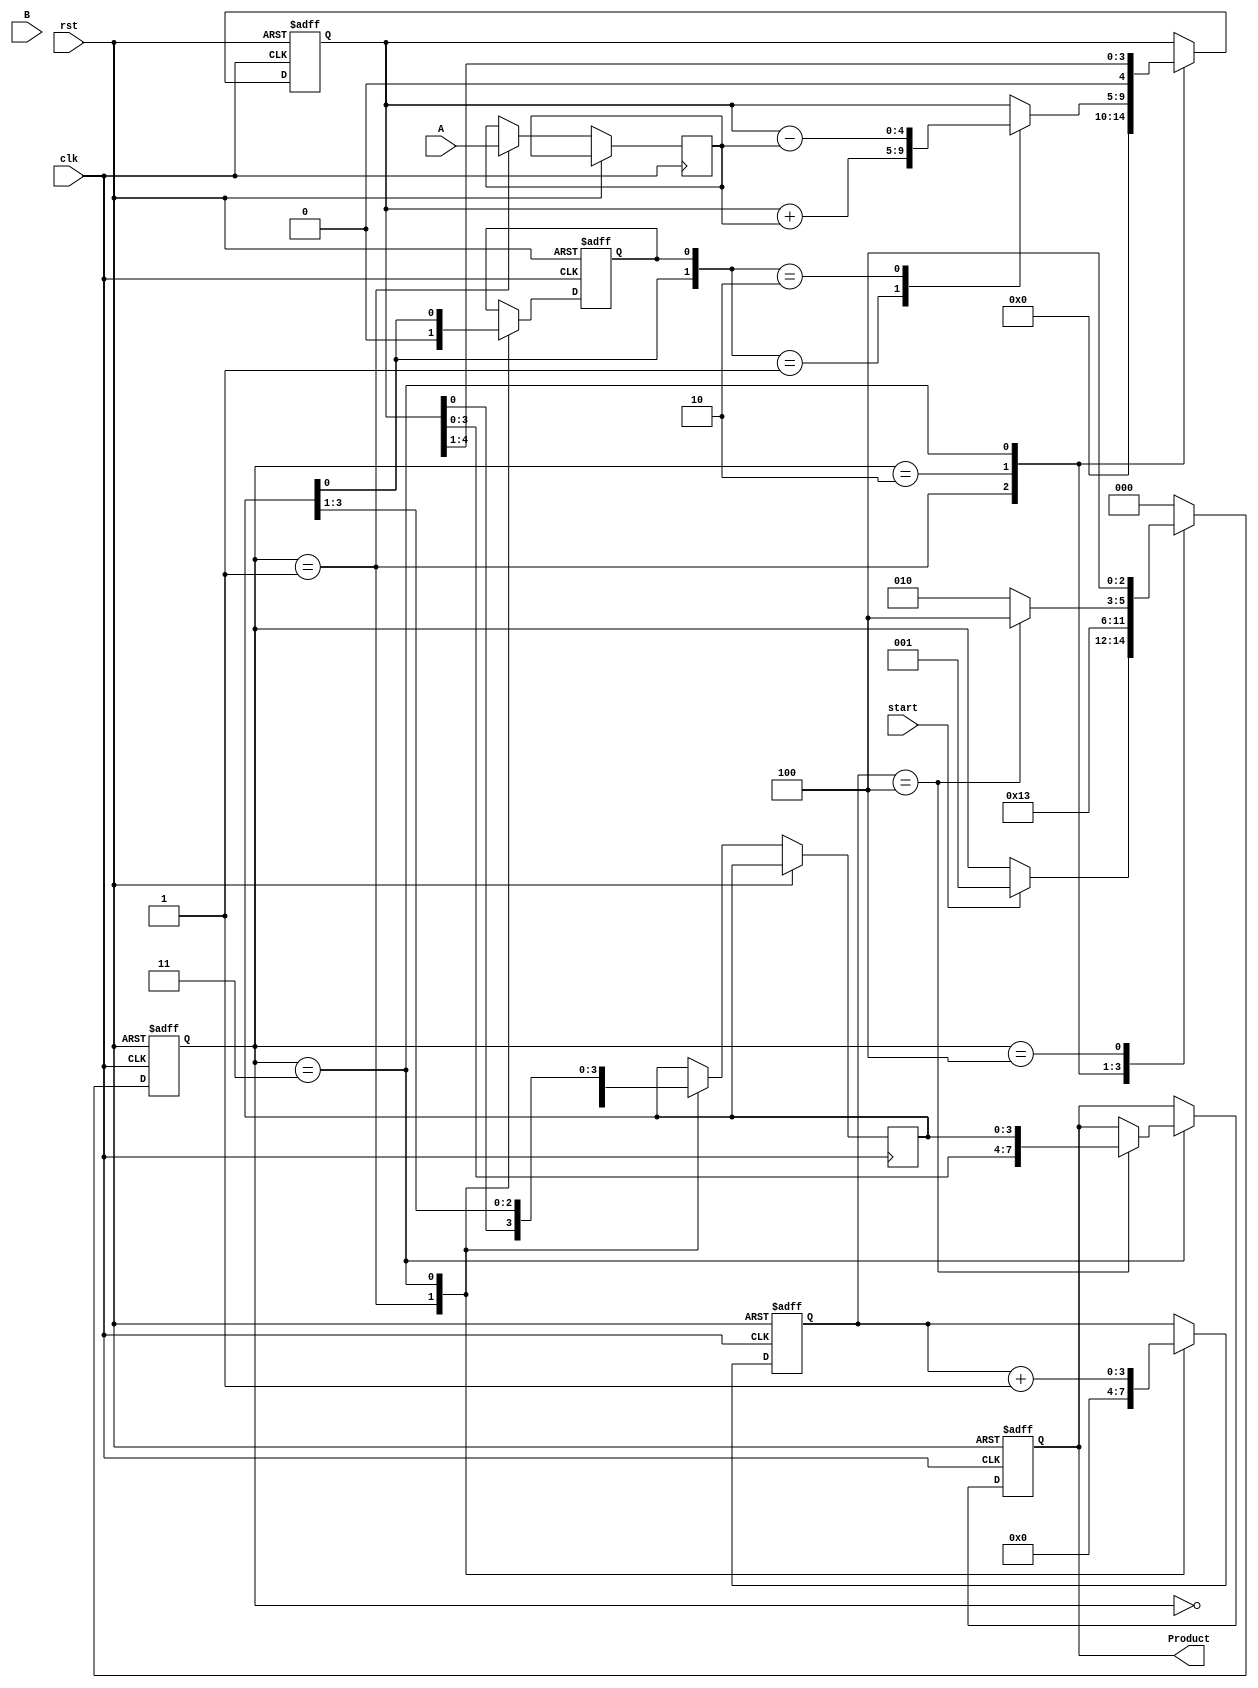
module booth_multiplier #(parameter N = 4) (
    input [N-1:0] A,      // Multiplicand
    input [N-1:0] B,      // Multiplier
    input start,          // Control signal to start multiplication
    input clk,            // Clock signal
    input rst,            // Reset signal
    output reg [2*N-1:0] Product // Product output
);

    reg [N-1:0] M;         // Multiplicand register
    reg [N-1:0] Q;         // Multiplier register
    reg [N:0] A_reg;       // Accumulator
    reg Q_1;               // Previous bit of Q
    reg [2:0] state;       // State for control logic
    reg [3:0] count;       // Iteration counter

    // State definitions
    localparam IDLE = 3'b000,
               INIT = 3'b001,
               CALC = 3'b010,
               SHIFT = 3'b011,
               DONE = 3'b100;

    // Sequential logic for state machine
    always @(posedge clk or posedge rst) begin
        if (rst) begin
            state <= IDLE;
            Product <= 0;
            count <= 0;
            A_reg <= 0;
            Q_1 <= 0;
        end else begin
            case (state)
                IDLE: begin
                    if (start) begin
                        state <= INIT;
                    end
                end

                INIT: begin
                    M <= A;                  // Load multiplicand
                    Q <= B;                  // Load multiplier
                    A_reg <= 0;             // Initialize accumulator
                    Q_1 <= 0;               // Initialize Q-1
                    count <= 0;             // Reset count
                    state <= CALC;          // Move to calculation state
                end

                CALC: begin
                    case ({Q[0], Q_1})       // Check last two bits of Q
                        2'b01: A_reg <= A_reg + M; // Add M
                        2'b10: A_reg <= A_reg - M; // Subtract M
                        default: ;                // Do nothing
                    endcase
                    state <= SHIFT;            // Move to shift state
                end

                SHIFT: begin
                    {A_reg, Q} <= {A_reg, Q} >> 1; // Arithmetic right shift
                    Q_1 <= Q[0];                  // Update Q-1
                    count <= count + 1;           // Increment count
                    if (count == N) begin
                        Product <= {A_reg, Q};     // Store final product
                        state <= DONE;             // Move to done state
                    end else begin
                        state <= CALC;             // Go back to calculation
                    end
                end

                DONE: begin
                    // Stay in DONE state until reset
                    state <= DONE;
                end

                default: state <= IDLE; // Default to IDLE state
            endcase
        end
    end
endmodule